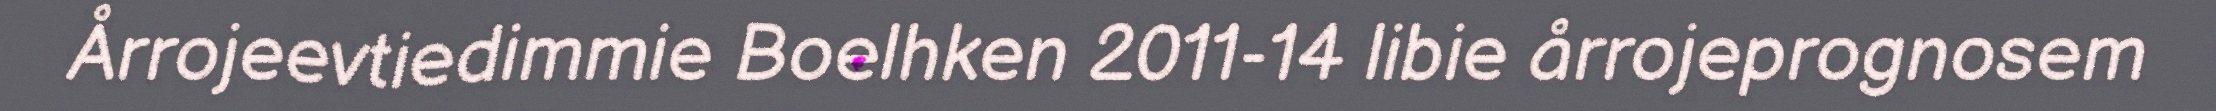
Årrojeevtiedimmie Boelhken 2011-14 libie årrojeprognosem